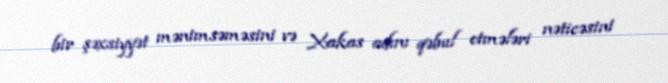
bir şəxsiyyət mənimsəməsini və Xakas adını qəbul etmələri nəticəsini